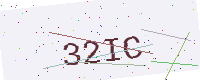
Text: 32IC